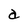
Character: a